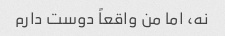
نه، اما من واقعاً دوست دارم